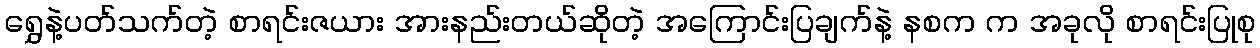
ရွှေနဲ့ပတ်သက်တဲ့ စာရင်းဇယား အားနည်းတယ်ဆိုတဲ့ အကြောင်းပြချက်နဲ့ နစက က အခုလို စာရင်းပြုစု